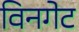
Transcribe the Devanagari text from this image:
विनगेट